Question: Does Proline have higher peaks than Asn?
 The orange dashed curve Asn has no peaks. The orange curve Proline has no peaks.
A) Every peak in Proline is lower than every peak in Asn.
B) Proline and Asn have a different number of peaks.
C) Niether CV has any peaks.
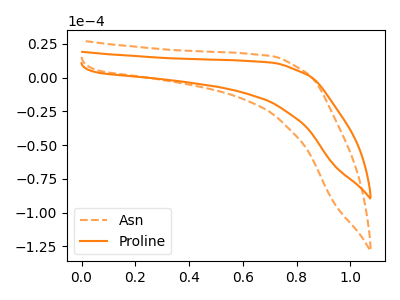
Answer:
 <answer>C) Niether CV has any peaks.</answer>
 <eval>C</eval>